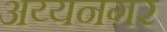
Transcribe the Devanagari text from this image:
अय्यनगर